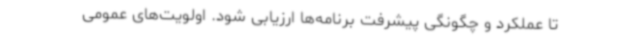
تا عملکرد و چگونگی پیشرفت برنامه‌ها ارزیابی شود. اولویت‌های عمومی